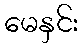
မေနှင်း